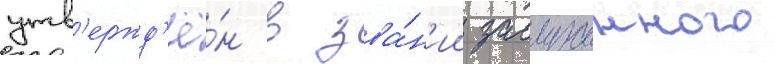
утв'ержд'ё́н в зва́н'ии заслуженного